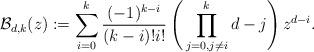
LaTeX: \begin{align*} \mathcal{B}_{d,k}(z) := \sum_{i=0}^{k} \frac{(-1)^{k-i}}{(k - i)!i!} \left(\,\prod_{j = 0, j \neq i}^k d - j\right)z^{d - i}.\end{align*}